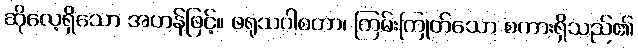
ဆိုလေ့ရှိသော အဟန်ဖြင့်။ ဖရုသဝါစတာ၊ ကြမ်းကြုတ်သော စကားရှိသည်၏